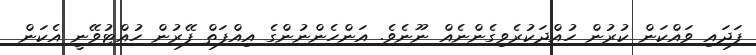
ފަދައި ވައްކަން ކުރުން ހުއްދަކުރެވިގެންނެއް ނޫނެވެ. އަންހެންނުންގެ އިއްފަތް ފޭރުން ހުއްޓުވޭނީ އެކަން